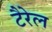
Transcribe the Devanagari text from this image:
टैरेल